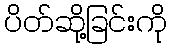
ပိတ်ဆို့ခြင်းကို